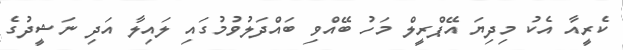
ކެރީއާ އެކު މިދިޔަ އޭޕްރީލް މަހު ބޭއްވި ބައްދަލުވުމުގައި ލައިލާ އަދި ނަޝީދުގެ